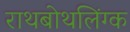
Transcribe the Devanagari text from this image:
राथबोथलिंग्क